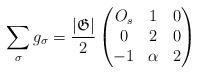
LaTeX: \begin{align*}\sum_\sigma g_\sigma=\frac{|\mathfrak{G}|}{2}\begin{pmatrix}O_s & 1 & 0 \\0 & 2 & 0 \\-1 & \alpha & 2\end{pmatrix}\end{align*}